Jaan_Tonisson_(Lasteleht), lk 16
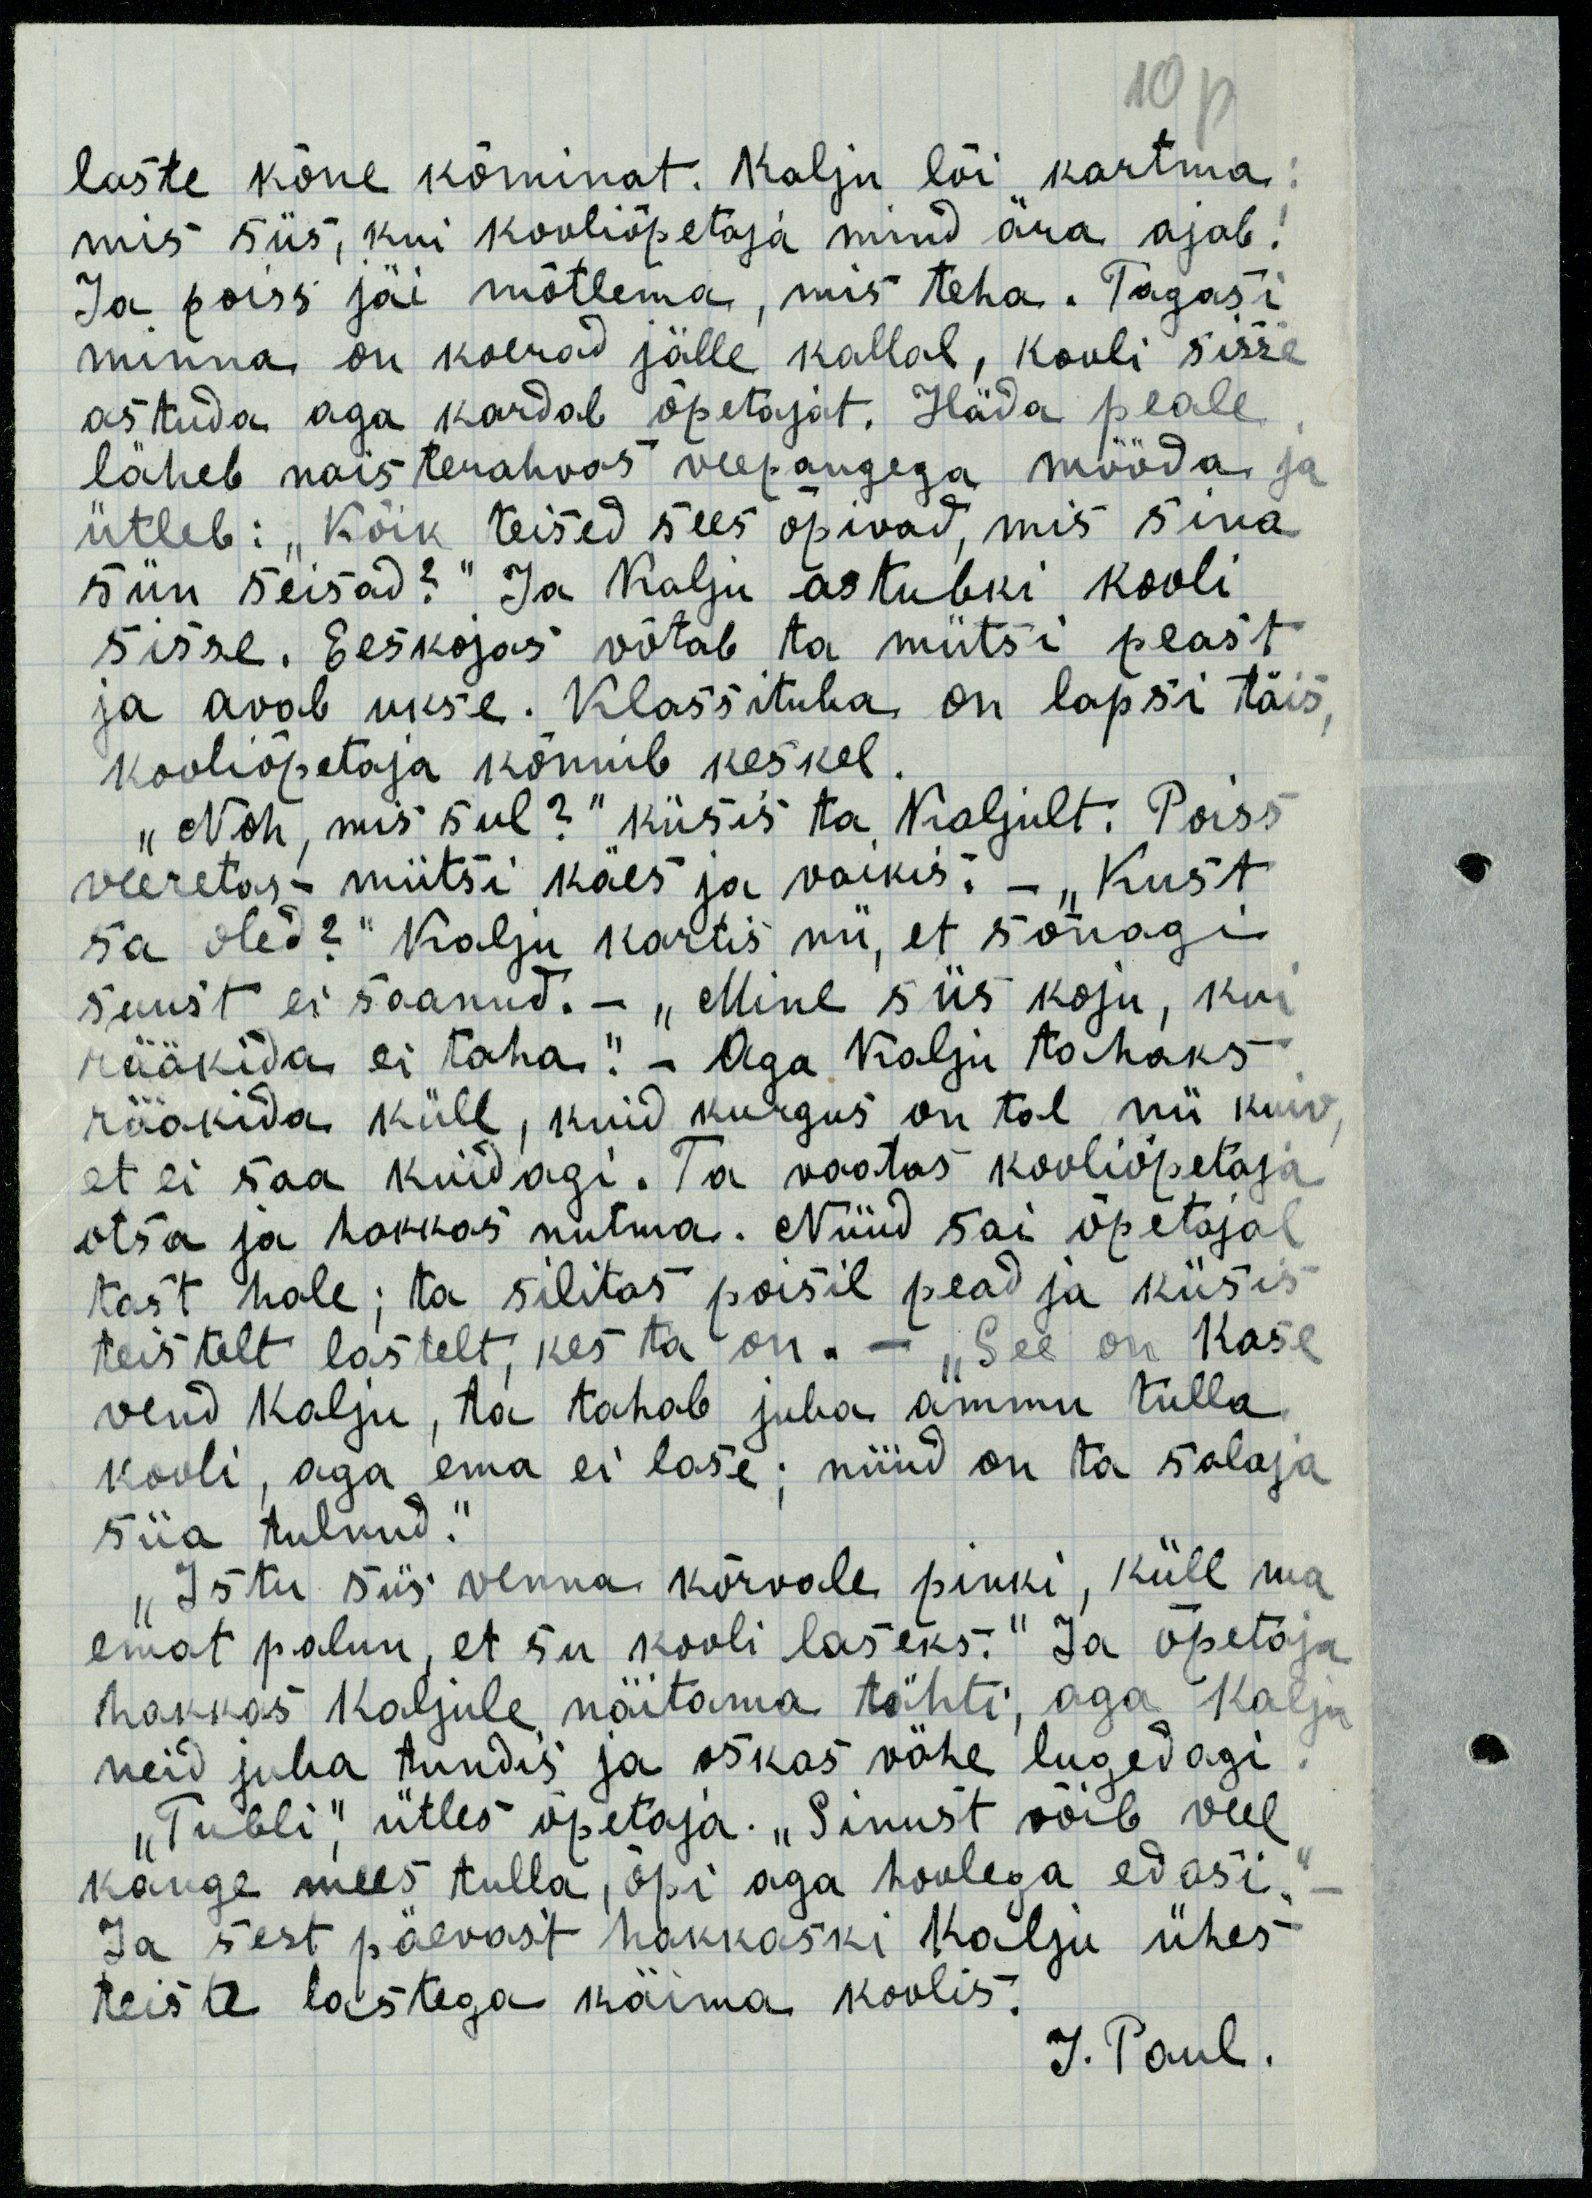
laste kõne kõminat. Kalju lõi kartma:
mis siis, kui kooliõpetaja mind ära ajab!
Ja poiss jäi mõtlema, mis teha. Tagasi
minna on koerad jälle kallal, kooli sisse
astuda aga kardab õpetajat. Häda peale
läheb naisterahvas veepangega mööda ja
ütleb: „Kõik teised sees õpivad, mis sina
siin seisad?“ Ja Kalju astubki kooli 
sisse. Eeskojas võtab ta mütsi peast
ja avab ukse. Klassituba on lapsi täis,
kooliõpetaja kõnnib keskel
„Noh, mis sul?“ küsis ta Kaljult. Poiss
veeretas mütsi käes ja vaikis. „Kust
sa oled?“ Kalju kartis nii, et sõnagi
suust ei saanud. „Mine siis koju, kui
rääkida ei taha.“ Aga Kalju tahaks
rääkida küll, kuid kurgus on tal nii kuiv,
et ei saa kuidagi. Ta vaatas kooliõpetaja
otsa ja hakkas nutma. Nüüd sai õpetajal
tast hale; ta silitas poisil pead ja küsis
teistelt lastelt, kes ta on. “See on Kase
vend Kalju, ta tahab juba ammu tulla
kooli, aga ema ei lase; nüüd on ta salaja
siia tulnud.“
„Istu siis venna kõrvale pinki, küll ma
emat palun, et su kooli laseks.“ Ja õpetaja
hakkas Kaljule näitama tähti, aga Kalju
neid juba tundis ja oskas vähe lugedagi.
„Tubli,“ ütles õpetaja. „Sinust võib veel
kange mees tulla, õpi aga hoolega edasi.“
Ja sest päevast hakkaski Kalju ühes
teiste lastega käima koolis.
J. Paul.